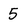
Character: 5